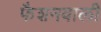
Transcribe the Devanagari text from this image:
फैशनवाली